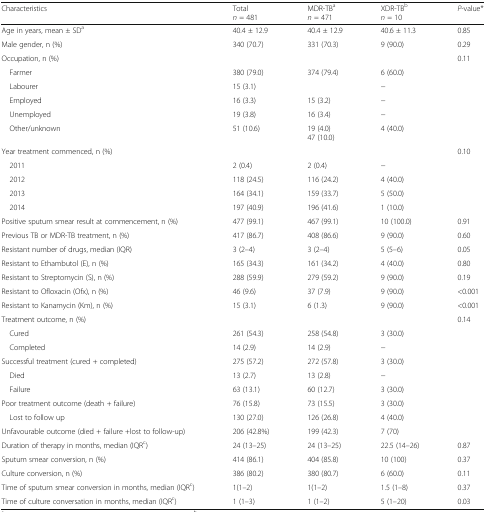
<table><thead><tr><td><b>Characteristics</b></td><td><b>Total<i>n</i> = 481</b></td><td><b>MDR-TB<sup>a</sup><i>n</i> = 471</b></td><td><b>XDR-TB<sup>b</sup><i>n</i> = 10</b></td><td><b><i>P</i>-value*</b></td></tr></thead><tbody><tr><td>Age in years, mean ± SD<sup>a</sup></td><td>40.4 ± 12.9</td><td>40.4 ± 12.9</td><td>40.6 ± 11.3</td><td>0.85</td></tr><tr><td>Male gender, n (%)</td><td>340 (70.7)</td><td>331 (70.3)</td><td>9 (90.0)</td><td>0.29</td></tr><tr><td>Occupation, n (%)</td><td></td><td></td><td></td><td>0.11</td></tr><tr><td> Farmer</td><td>380 (79.0)</td><td>374 (79.4)</td><td>6 (60.0)</td><td></td></tr><tr><td> Labourer</td><td>15 (3.1)</td><td></td><td>−</td><td></td></tr><tr><td> Employed</td><td>16 (3.3)</td><td>15 (3.2)</td><td>−</td><td></td></tr><tr><td> Unemployed</td><td>19 (3.8)</td><td>16 (3.4)</td><td>−</td><td></td></tr><tr><td> Other/unknown</td><td>51 (10.6)</td><td>19 (4.0)47 (10.0)</td><td>4 (40.0)</td><td></td></tr><tr><td>Year treatment commenced, n (%)</td><td></td><td></td><td></td><td>0.10</td></tr><tr><td> 2011</td><td>2 (0.4)</td><td>2 (0.4)</td><td>−</td><td></td></tr><tr><td> 2012</td><td>118 (24.5)</td><td>116 (24.2)</td><td>4 (40.0)</td><td></td></tr><tr><td> 2013</td><td>164 (34.1)</td><td>159 (33.7)</td><td>5 (50.0)</td><td></td></tr><tr><td> 2014</td><td>197 (40.9)</td><td>196 (41.6)</td><td>1 (10.0)</td><td></td></tr><tr><td>Positive sputum smear result at commencement, n (%)</td><td>477 (99.1)</td><td>467 (99.1)</td><td>10 (100.0)</td><td>0.91</td></tr><tr><td>Previous TB or MDR-TB treatment, n (%)</td><td>417 (86.7)</td><td>408 (86.6)</td><td>9 (90.0)</td><td>0.60</td></tr><tr><td>Resistant number of drugs, median (IQR)</td><td>3 (2–4)</td><td>3 (2–4)</td><td>5 (5–6)</td><td>0.05</td></tr><tr><td>Resistant to Ethambutol (E), n (%)</td><td>165 (34.3)</td><td>161 (34.2)</td><td>4 (40.0)</td><td>0.80</td></tr><tr><td>Resistant to Streptomycin (S), n (%)</td><td>288 (59.9)</td><td>279 (59.2)</td><td>9 (90.0)</td><td>0.19</td></tr><tr><td>Resistant to Ofloxacin (Ofx), n (%)</td><td>46 (9.6)</td><td>37 (7.9)</td><td>9 (90.0)</td><td>&lt;0.001</td></tr><tr><td>Resistant to Kanamycin (Km), n (%)</td><td>15 (3.1)</td><td>6 (1.3)</td><td>9 (90.0)</td><td>&lt;0.001</td></tr><tr><td>Treatment outcome, n (%)</td><td></td><td></td><td></td><td>0.14</td></tr><tr><td> Cured</td><td>261 (54.3)</td><td>258 (54.8)</td><td>3 (30.0)</td><td></td></tr><tr><td> Completed</td><td>14 (2.9)</td><td>14 (2.9)</td><td>−</td><td></td></tr><tr><td>Successful treatment (cured + completed)</td><td>275 (57.2)</td><td>272 (57.8)</td><td>3 (30.0)</td><td></td></tr><tr><td> Died</td><td>13 (2.7)</td><td>13 (2.8)</td><td>−</td><td></td></tr><tr><td> Failure</td><td>63 (13.1)</td><td>60 (12.7)</td><td>3 (30.0)</td><td></td></tr><tr><td>Poor treatment outcome (death + failure)</td><td>76 (15.8)</td><td>73 (15.5)</td><td>3 (30.0)</td><td></td></tr><tr><td> Lost to follow up</td><td>130 (27.0)</td><td>126 (26.8)</td><td>4 (40.0)</td><td></td></tr><tr><td>Unfavourable outcome (died + failure +lost to follow-up)</td><td>206 (42.8%)</td><td>199 (42.3)</td><td>7 (70)</td><td></td></tr><tr><td>Duration of therapy in months, median (IQR<sup>c</sup>)</td><td>24 (13–25)</td><td>24 (13–25)</td><td>22.5 (14–26)</td><td>0.87</td></tr><tr><td>Sputum smear conversion, n (%)</td><td>414 (86.1)</td><td>404 (85.8)</td><td>10 (100)</td><td>0.37</td></tr><tr><td>Culture conversion, n (%)</td><td>386 (80.2)</td><td>380 (80.7)</td><td>6 (60.0)</td><td>0.11</td></tr><tr><td>Time of sputum smear conversion in months, median (IQR<sup>c</sup>)</td><td>1(1–2)</td><td>1(1–2)</td><td>1.5 (1–8)</td><td>0.37</td></tr><tr><td>Time of culture conversation in months, median (IQR<sup>c</sup>)</td><td>1 (1–3)</td><td>1 (1–2)</td><td>5 (1–20)</td><td>0.03</td></tr></tbody></table>